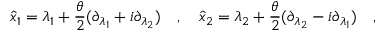
\hat { x } _ { 1 } = \lambda _ { 1 } + \frac { \theta } { 2 } ( \partial _ { \lambda _ { 1 } } + i \partial _ { \lambda _ { 2 } } ) \quad , \quad \hat { x } _ { 2 } = \lambda _ { 2 } + \frac { \theta } { 2 } ( \partial _ { \lambda _ { 2 } } - i \partial _ { \lambda _ { 1 } } ) \quad ,